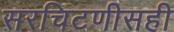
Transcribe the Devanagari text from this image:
सरचिटणीसही